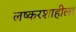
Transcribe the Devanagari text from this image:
लष्करशाहीला